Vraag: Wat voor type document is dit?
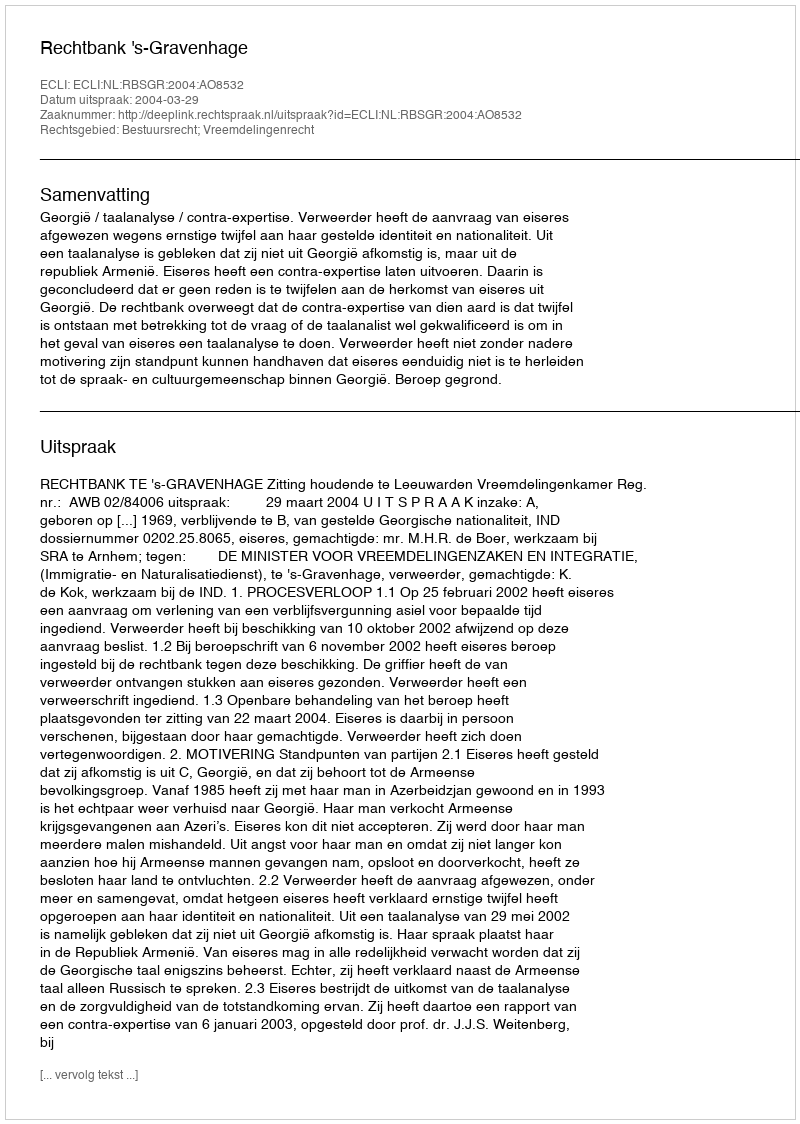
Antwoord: Uitspraak